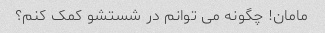
مامان! چگونه می توانم در شستشو کمک کنم؟